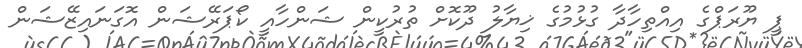
ޕީ ޔޫރަޕްގެ އިއްތިހާދާ ގުޅުމުގެ ޚިޔާލު ދޫކޮށް ތުރުކީން ޝަންހާއީ ކޯޕަރޭޝަން އޮގަނައިޒޭޝަން